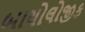
બાયોલોજીક